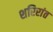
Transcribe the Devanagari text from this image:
शरिरांत